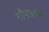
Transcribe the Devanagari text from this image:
गौपालक